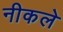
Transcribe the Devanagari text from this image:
नीकले